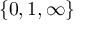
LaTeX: \{ 0 , 1 , \infty \}